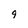
Character: 9